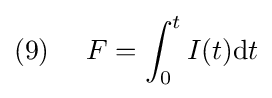
(9)~~~~F=\int _{0}^{t}I(t)\mathrm {d} t